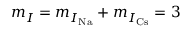
m _ { I } = m _ { I _ { \mathrm { N a } } } + m _ { I _ { \mathrm { C s } } } = 3